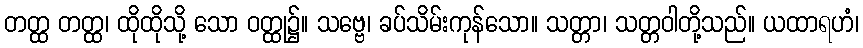
တတ္ထ တတ္ထ၊ ထိုထိုသို့ သော ဝတ္ထု၌။ သဗ္ဗေ၊ ခပ်သိမ်းကုန်သော။ သတ္တာ၊ သတ္တဝါတို့သည်။ ယထာရဟံ၊